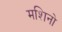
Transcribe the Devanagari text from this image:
मशिनो